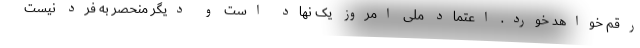
رقم خواهد خورد. اعتماد ملی امروز یک نهاد است و دیگر منحصر به فرد نیست